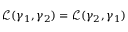
\mathcal { L } ( \gamma _ { 1 } , \gamma _ { 2 } ) = \mathcal { L } ( \gamma _ { 2 } , \gamma _ { 1 } )